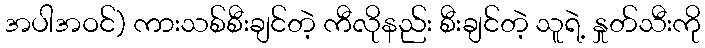
အပါအဝင်) ကားသစ်စီးချင်တဲ့ ကီလိုနည်း စီးချင်တဲ့ သူရဲ့ နှုတ်သီးကို